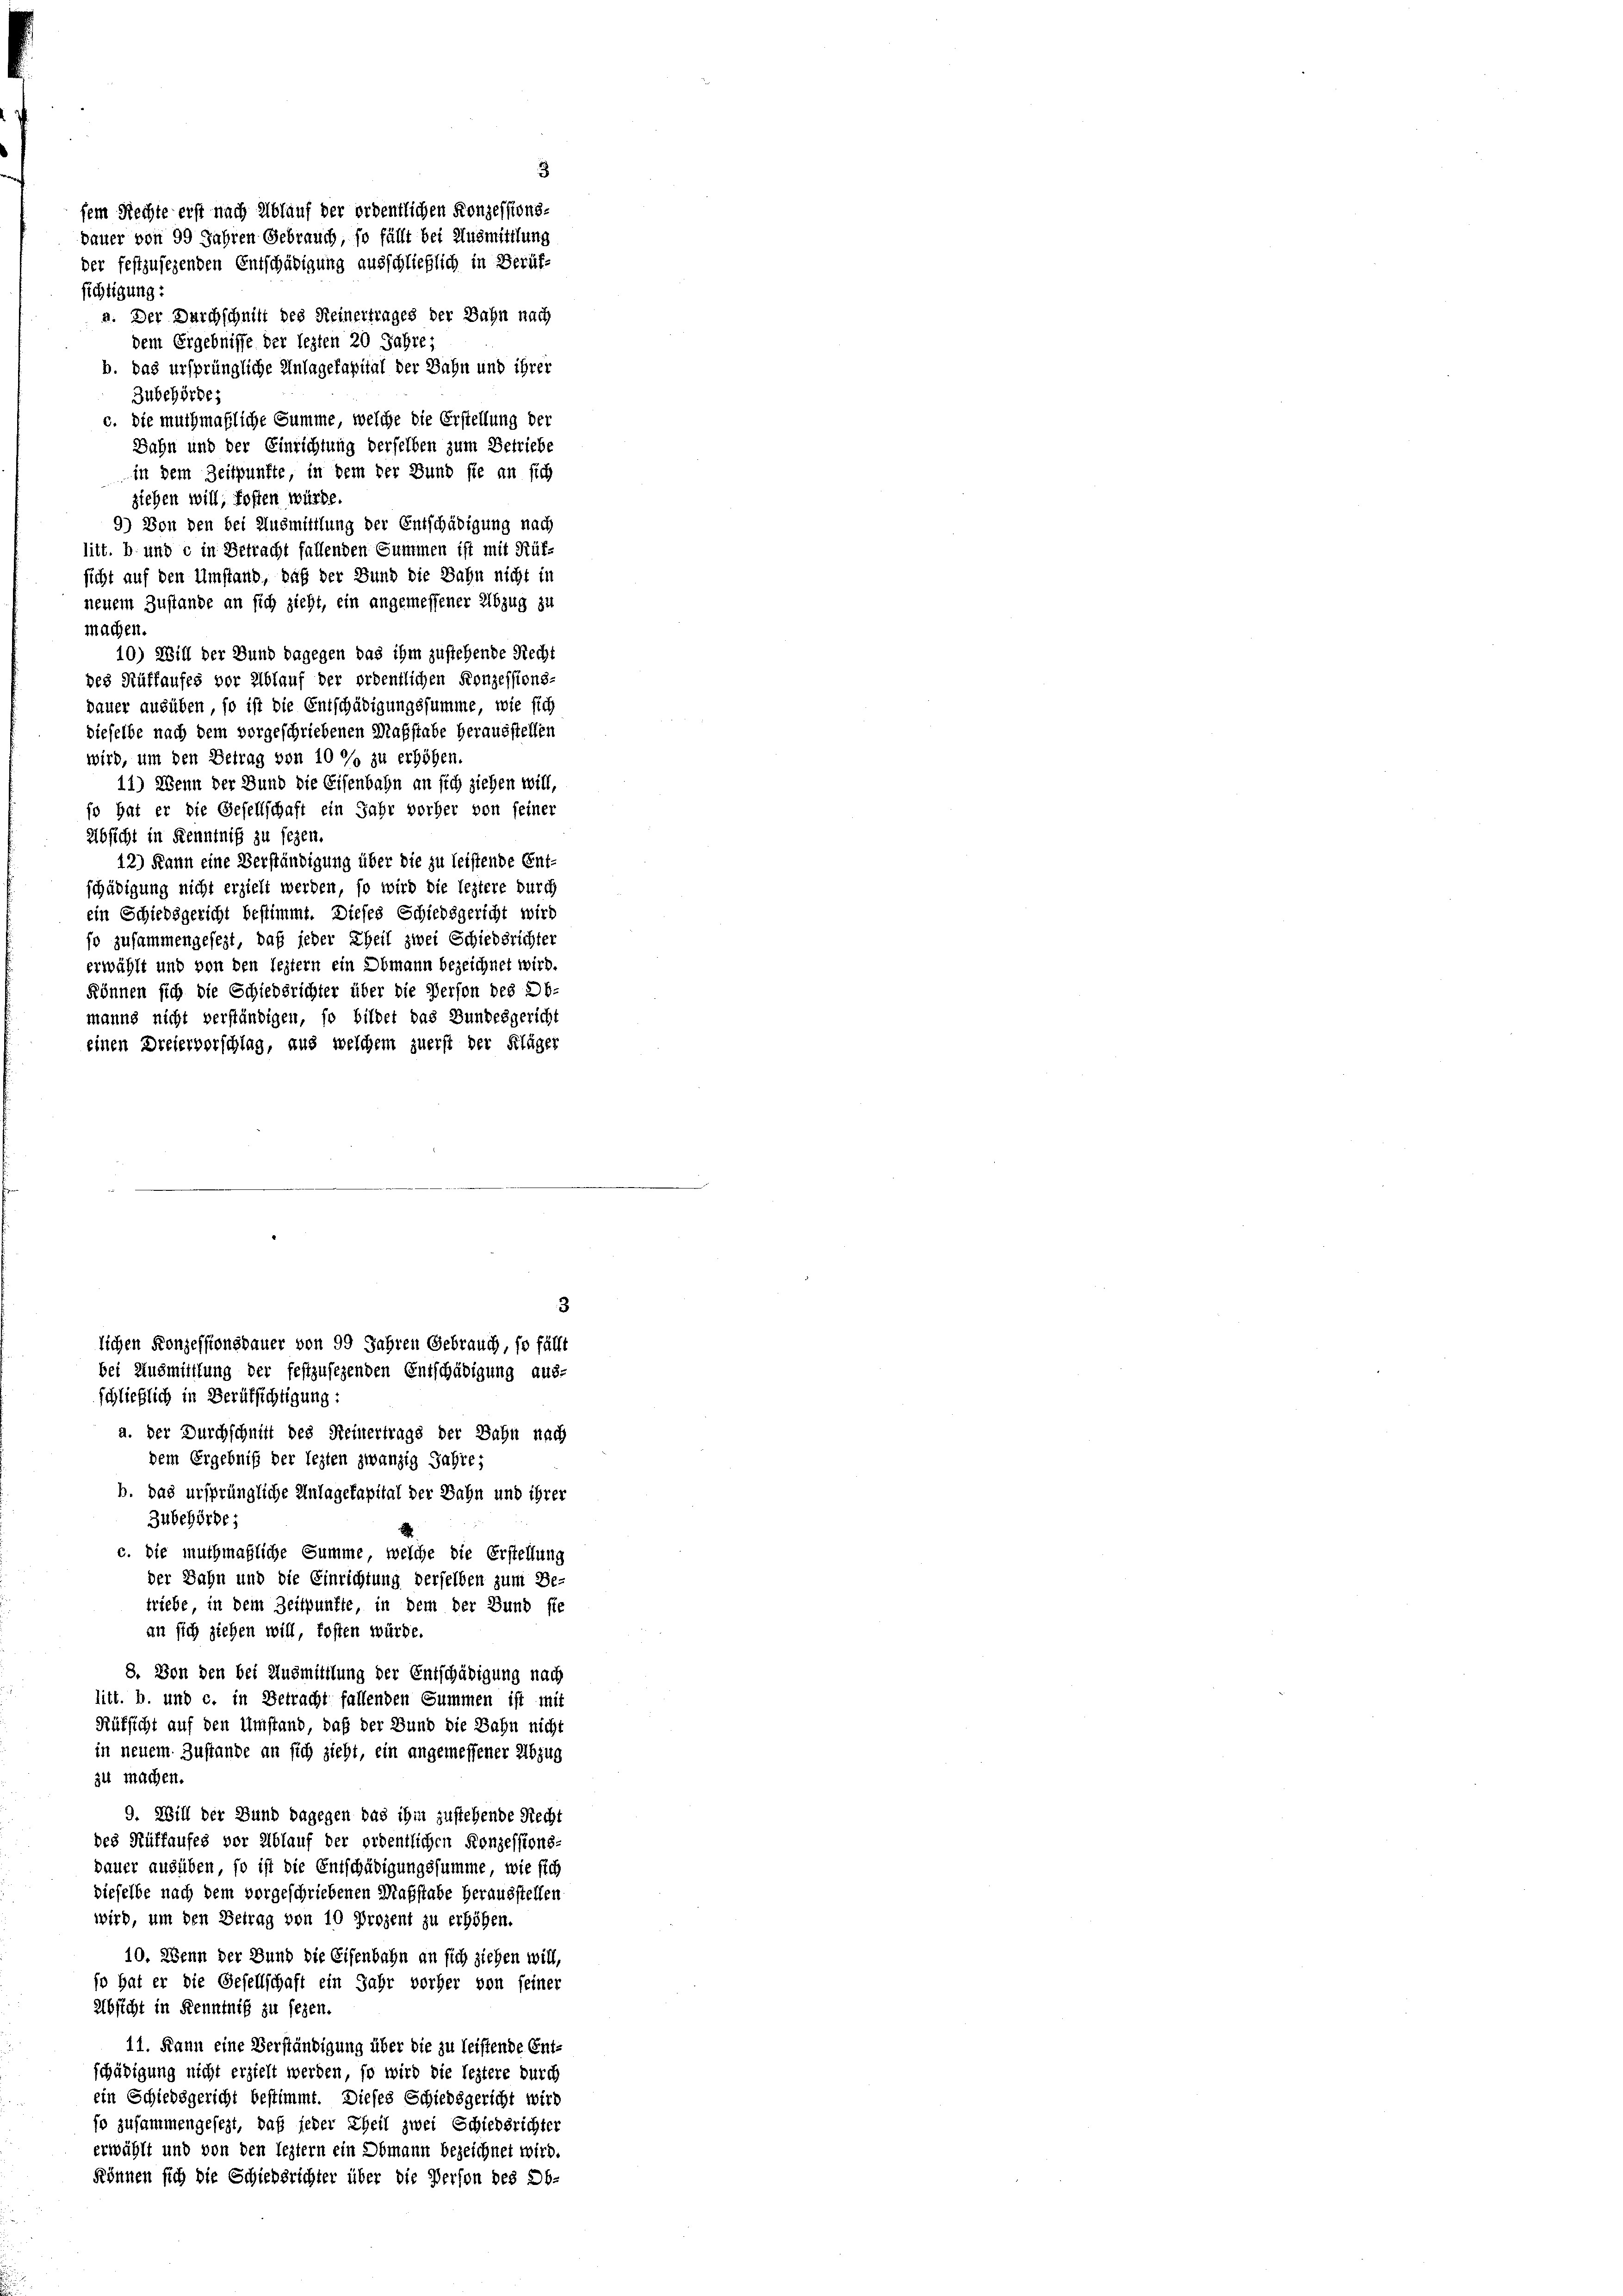
sichtigung:
a. Der Durchschnitt des Reinertrages der Bahn nach
dem Ergebnisse der lezten 20 Jahre;
b. das ursprüngliche Anlagekapital der Bahn und ihrer
Zubehörde;
c. Die muthmaßliche Summe, welche die Erstellung der
Bahn und der Einrichtung derselben zum Betriebe
in dem Zeitpunkte, in dem der Bund sie an sich
ziehen will, fosten würde.
9) Von den bei Ausmittlung der Entschädigung nach
litt. b und c in Betracht fallenden Summen ist mit Rüf-
sicht auf den Umstand, daß der Bund die Bahn nicht in
neuem Zustande an sich zieht, ein angemessener Abzug zu
machen.
10) Will der Bund dagegen das ihm zustehende Recht
des Rüffaufes vor Ablauf der ordentlichen Konzessions-
pauer ausüben, so ist die Entschädigungssumme, wie sich
dieselbe nach dem vorgeschriebenen Maßstabe herausstellen
wird, um den Betrag von 10 % zu erhöhen.
11) Wenn der Bund die Eisenbahn an sich ziehen will,
so hat er die Gesellschaft ein Jahr vorher von seiner
Absicht in Kenntniß zu seyen.
12) Kann eine Verständigung über die zu leistende Ent-
schädigung nicht erzielt werden, so wird die leztere durch
ein Schiedsgericht bestimmt. Dieses Schiedsgericht wird
so zusammengesezt, daß jeder Theil zwei Schiedsrichter
erwählt und von den leztern ein Obmann bezeichnet wird
können sich die Schiedsrichter über die Person des 26.
manns nicht verständigen, so bildet das Bundesgericht
einen Dreiervorschlag, aus welchem zuerst der Kläger

a. Der Durchschnitt des Meinertrags der Bahn nach
dem Ergebniß der lezten zwanzig Jahre;
b. das ursprüngliche Anlagekapital der Bahn und ihrer
Zubehörde;
c. Die muthmaßliche Summe, welche die Erstellung
der Bahn und die Einrichtung derselben zum Be-
triebe in dem Zeitpunkte in dem der Bund sie
an sich ziehen will, kosten würde.
8. Von den bei Ausmittlung der Entschädigung nach
litt. b. und c. in Betracht fallenden Summen ist mit
Rüfsicht auf den Umstand daß der Bund die Bahn nicht
in neuem Zustande an sich zieht, ein angemessener Abzug
zu machen.
9. Will der Bund dagegen das ihm zustehende Recht
des Rüffaufes vor Ablauf der ordentlichen Konzessions-
dauer ausüben, so ist die Entschädigungssumme, wie sich
dieselbe nach dem vorgeschriebenen Maßstabe herausstellen
wird, um den Betrag von 10 Prozent zu erhöhen.
10. Wenn der Bund die Eisenbahn an sich ziehen will
so hat er die Gesellschaft ein Jahr vorher von seiner
Absicht in Kenntniß zu seyen.
11. Kann eine Verständigung über die zu leistende Ent-
schädigung nicht erzielt werden, so wird die leztere durch
ein Schiedsgericht bestimmt. Dieses Schiedsgericht wird
so zusammengesezt, daß jeder Theil zwei Schiedsrichter
erwählt und von den leztern ein Obmann bezeichnet wird.
können sich die Schiedsrichter über die Person des 26.

3
sein Rechte erst nach Ablauf der ordentlichen Konzessions-
bauer von 99 Jahren Gebrauch, so fällt bei Ausmittlung
der festzusehenden Entschädigung ausschließlich in Beruf-

3
lichen Konzessionsdauer von 99 Jahren Gebrauch, so fällt
bei Ausmittlung der festzusegenden Entschädigung aus-
schließlich in Berufsichtigung: